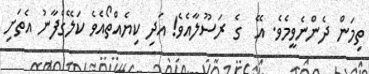
ތިމަން ދެންނެވީމެވެ. އޭ  ގެ ރަސޫލާއެވެ! އަދި ކިޔެއްތޯއެވެ ކަލޭގެފާނު އެތަށި